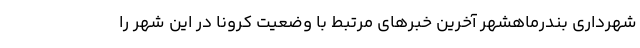
شهرداری بندرماهشهر آخرین خبرهای مرتبط با وضعیت کرونا‌ در این شهر را